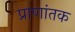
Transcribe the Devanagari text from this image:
प्राणांतक